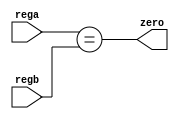
module comparator(zero,rega,regb);
output zero;
input [15:0]rega,regb;
assign zero=(rega==regb);
endmodule